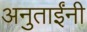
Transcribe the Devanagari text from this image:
अनुताईंनी